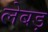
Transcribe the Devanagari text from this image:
लेबड़